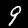
Label: 9